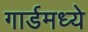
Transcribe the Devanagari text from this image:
गार्डमध्ये